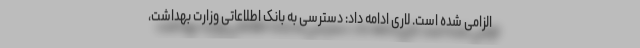
الزامی شده است. لاری ادامه داد: دسترسی به بانک اطلاعاتی وزارت بهداشت،